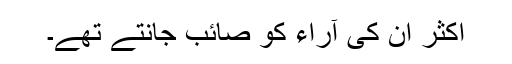
اکثر ان کی آراء کو صائب جانتے تھے۔